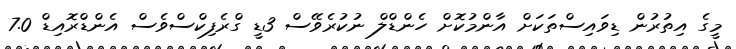
މީގެ އިތުރުން ޑިވައިސްތަކަށް އާންމުކޮށް ހެންޑްލް ނުކުރެވޭސް 3ޑީ ގްރެފިކްސްވެސް އެންޑްރޮއިޑް 7.0